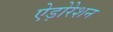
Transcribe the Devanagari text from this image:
ऐड़ोरेशन